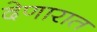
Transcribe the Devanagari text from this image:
देणारात